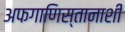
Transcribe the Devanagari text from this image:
अफगाणिस्तानाशी